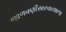
જાળવણીસારવારશાળા